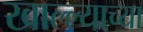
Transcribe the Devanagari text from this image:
खाल्ल्याच्या